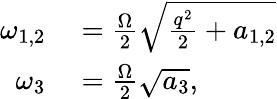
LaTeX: \begin{array}{rl}{\omega_{1,2}}&{{}=\frac{\Omega}{2}\sqrt{\frac{q^{2}}{2}+a_{1,2}}}\\ {\omega_{3}}&{{}=\frac{\Omega}{2}\sqrt{a_{3}},}\end{array}